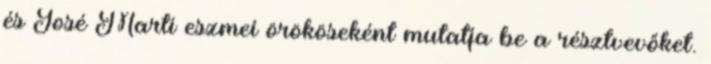
és José Martí eszmei örököseként mutatja be a résztvevőket.